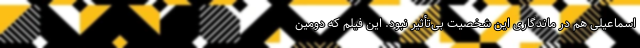
اسماعیلی هم در ماندگاری این شخصیت بی‌تأثیر نبود. این فیلم که دومین